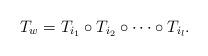
LaTeX: \begin{align*}T_{w}=T_{i_{1}}\circ T_{i_{2}}\circ\cdots\circ T_{i_{l} }.\end{align*}